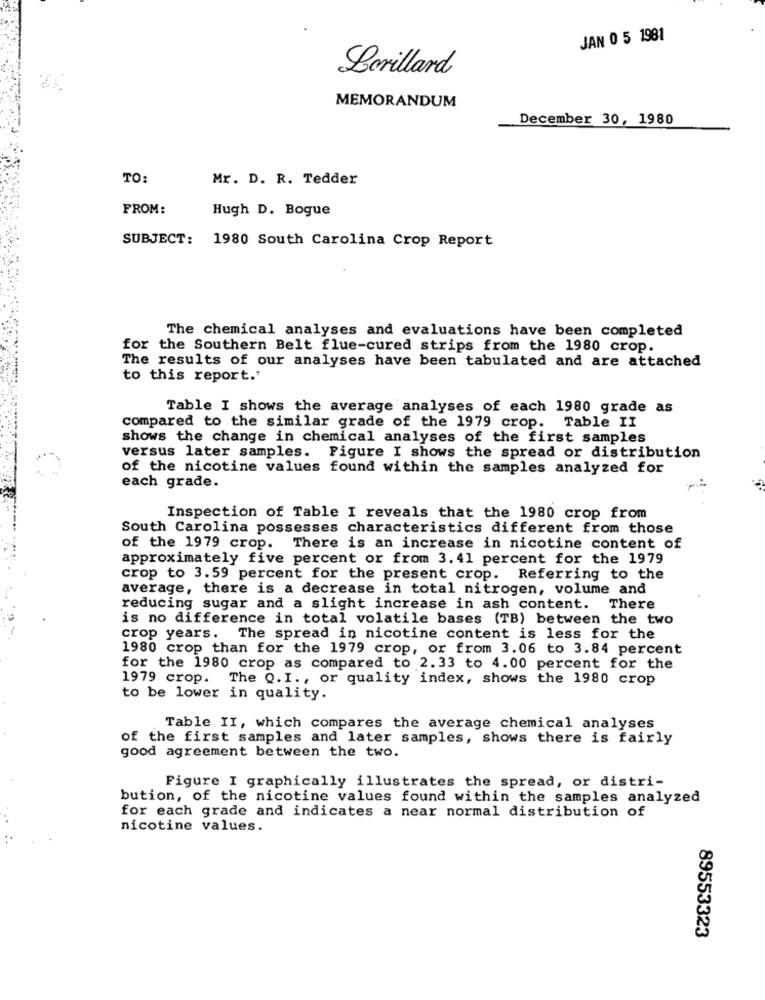
JAN 0 5 1981
Lorillard
MEMORANDUM
December 30, 1980
TO:
Mr. D. R. Tedder
FROM:
Hugh D. Bogue
SUBJECT: 1980 South Carolina Crop Report
The chemical analyses and evaluations have been completed
for the Southern Belt flue-cured strips from the 1980 crop.
The results of our analyses have been tabulated and are attached
to this report."
Table I shows the average analyses of each 1980 grade as
compared to the similar grade of the 1979 crop. Table II
shows the change in chemical analyses of the first samples
versus later samples.
Figure I shows the spread or distribution
of the nicotine values found within the samples analyzed for
each grade.
Inspection of Table I reveals that the 1980 crop from
South Carolina possesses characteristics different from those
of the 1979 crop. There is an increase in nicotine content of
approximately five percent or from 3. 41 percent for the 1979
crop to 3.59 percent for the present crop. Referring to the
average, there is a decrease in total nitrogen, volume and
reducing sugar and a slight increase in ash content. There
is no difference in total volatile bases (TB) between the two
crop years. The spread in nicotine content is less for the
1980 crop than for the 1979 crop, or from 3.06 to 3.84 percent
for the 1980 crop as compared to 2.33 to 4.00 percent for the
1979 crop. The Q. I ., or quality index, shows the 1980 crop
to be lower in quality.
Table II, which compares the average chemical analyses
of the first samples and later samples, shows there is fairly
good agreement between the two.
Figure I graphically illustrates the spread, or distri-
bution, of the nicotine values found within the samples analyzed
for each grade and indicates a near normal distribution of
nicotine values.
89553323